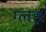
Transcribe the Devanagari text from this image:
ग्लहः